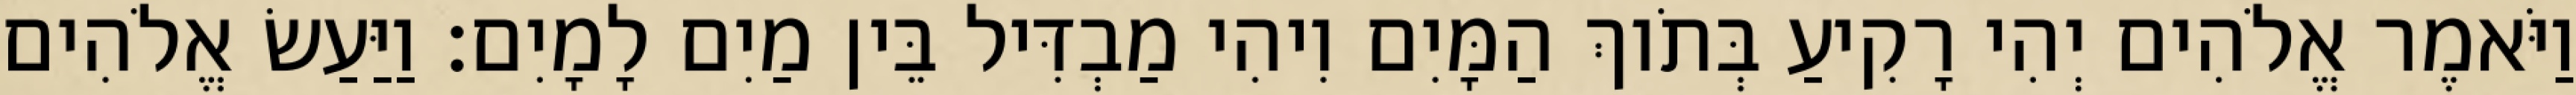
וַיֹּאמֶר אֱלֹהִים יְהִי רָקִיעַ בְּתֹוךְ הַמָּיִם וִיהִי מַבְדִּיל בֵּין מַיִם לָמָיִם׃ וַיַּעַשׂ אֱלֹהִים